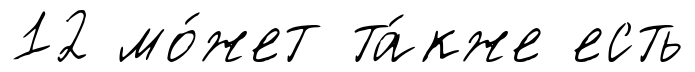
12 мо́жет та́кже есть